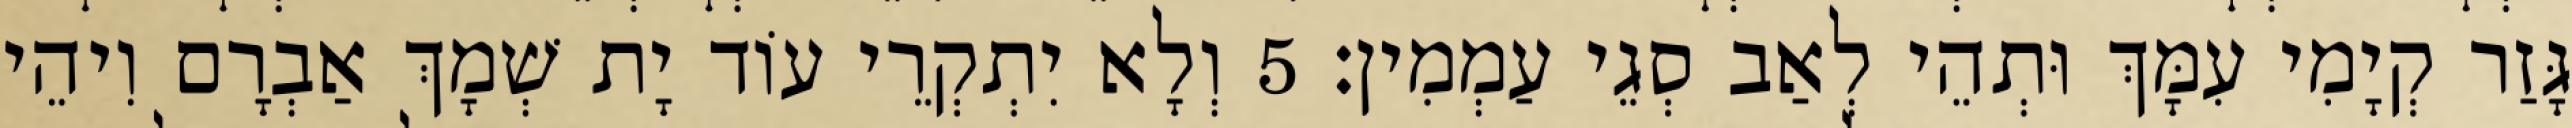
גָּזַר קְיָמִי עִמָּךְ וּתְהֵי לְאַב סְגֵי עַמְמִין׃ 5 וְלָא יִתְקְרֵי עוֹד יָת שְׁמָךְ אַבְרָם וִיהֵי